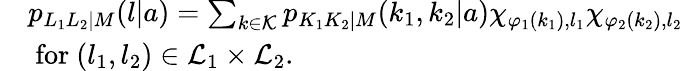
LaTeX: \begin{array}{rl}&{p_{L_{1}L_{2}|M}(l|a)=\sum_{k\in{\cal K}}p_{K_{1}K_{2}|M}(k_{1},k_{2}|a)\chi_{\varphi_{1}(k_{1}),l_{1}}\chi_{\varphi_{2}(k_{2}),l_{2}}}\\ &{\mathrm{~for~}(l_{1},l_{2})\in{\cal L}_{1}\times{\cal L}_{2}.}\end{array}